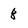
Character: 8